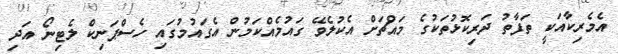
އެމެރިކާއަކީ ތަފާތު ދަރިކޮޅުތަކުގެ މައްޗަށް އެކުލެވޭ ގައުމެއްކަމުން އެގައުމުގައި ހެސްޕަނިކް ލެޓިނޯ އަދި